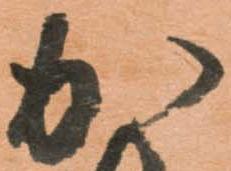
加